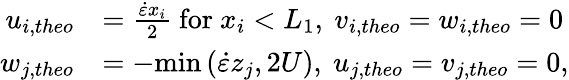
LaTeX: \begin{array}{rl}{u_{i,theo}}&{=\frac{\dot{\varepsilon}x_{i}}{2}\mathrm{~for~}x_{i}<L_{1}\mathrm{,~}v_{i,theo}=w_{i,theo}=0}\\ {w_{j,theo}}&{=-\mathrm{min}\left(\dot{\varepsilon}z_{j},2U\right)\mathrm{,~}u_{j,theo}=v_{j,theo}=0,}\end{array}